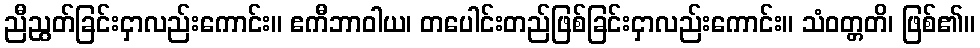
ညီညွတ်ခြင်းငှာလည်းကောင်း။ ဧကီဘာဝါယ၊ တပေါင်းတည်ဖြစ်ခြင်းငှာလည်းကောင်း။ သံဝတ္တတိ၊ ဖြစ်၏။